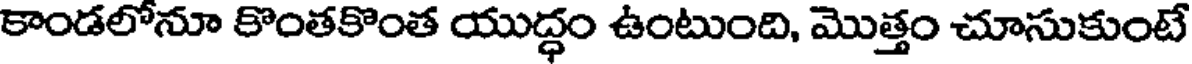
కాండలోనూ కొంతకొంత యుద్ధం ఉంటుంది, మొత్తం చూసుకుంటే